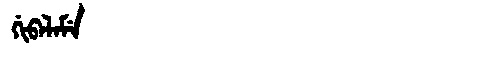
Manchu: ᡤᡳᠪᠠᠯᠠᠮᡝ
Romanization: GIBALAME